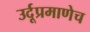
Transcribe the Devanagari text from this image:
उर्दूप्रमाणेच